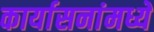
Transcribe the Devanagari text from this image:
कार्यासनांमध्ये